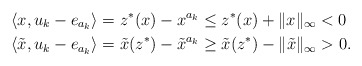
\begin{align*}\langle x, u_k-e_{a_k}\rangle &= z^* (x) - x^{a_k}\leq z^*(x) + \|x\|_\infty<0 \quad\\\langle \tilde{x}, u_k- e_{a_k}\rangle &= \tilde{x}(z^*)-\tilde{x}^{a_k}\geq \tilde{x}(z^*)-\|\tilde{x}\|_\infty>0.\end{align*}